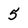
Character: 5